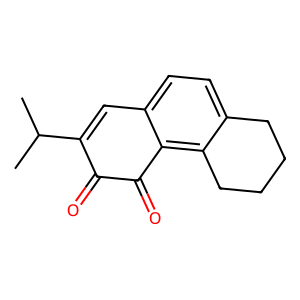
SMILES: CC(C)C1=Cc2ccc3c(c2C(=O)C1=O)CCCC3
Inhibits HIV replication: No